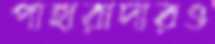
পাহারাদারও